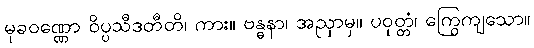
မုခဝဏ္ဏော ဝိပ္ပသီဒတီတိ၊ ကား။ ဗန္ဓနာ၊ အညှာမှ။ ပဝုတ္တံ၊ ကြွေကျသော။